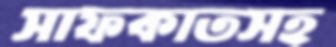
সাফকাতসহ